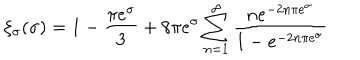
\xi _ { \sigma } ( \sigma ) = 1 - \frac { \pi e ^ { \sigma } } { 3 } + 8 \pi e ^ { \sigma } \sum _ { n = 1 } ^ { \infty } \frac { n e ^ { - 2 n \pi e ^ { \sigma } } } { 1 - e ^ { - 2 n \pi e ^ { \sigma } } }